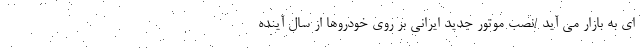
ای به بازار می آید /نصب موتور جدید ایرانی بر روی خودروها از سال آینده